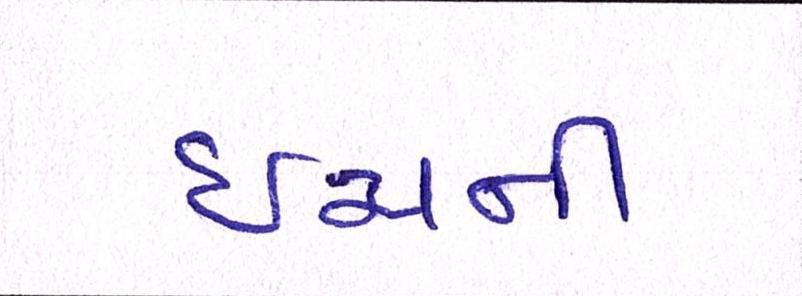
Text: ઇંચની